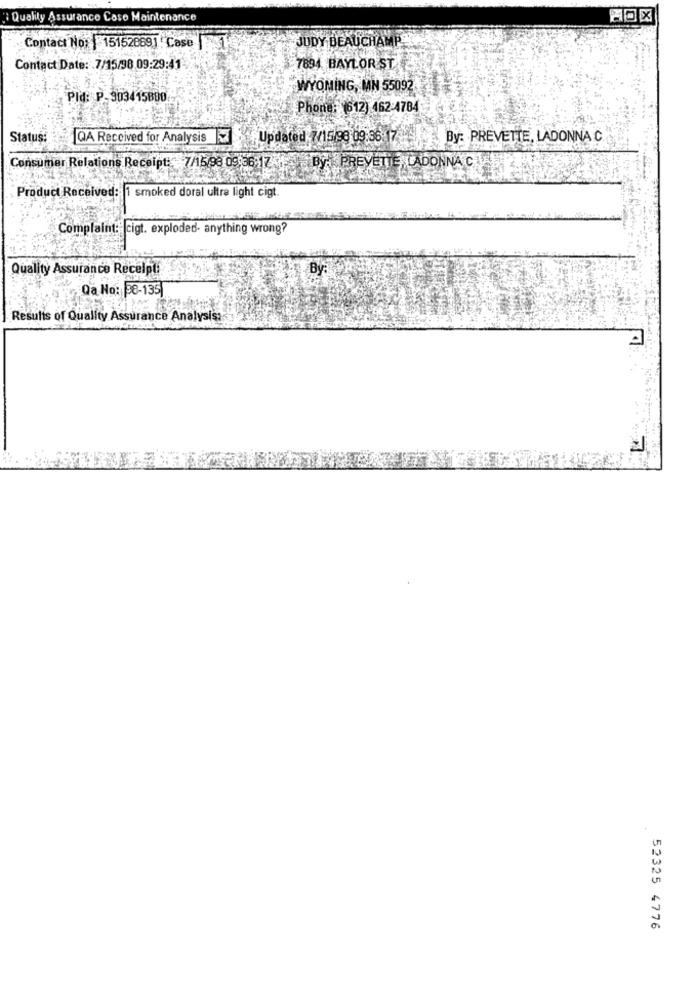
Quality Assurance Caso Maintenance
Contact No: 15152869] Case
JUDY BEAUCHAMP
Contact Date: 7/15/98 09:29:41-
7894 BAYLOR ST
WYOMING, MN 55092
Pld: P. 903415880
Phone: (612) 462:4784
Status:
QA Received for Analysis
Updated 7/15/98 09:36:17
By: PREVETTE, LADONNA C
Consumer Relations Receipt: 7/15/98 09:36-17
By: PREVETTE, LADONNA C.
Product Received: 1 smoked doral ultra light cigt
Complaint: cigt. exploded- anything wrong?
Quality Assurance Receipt!
By:
Qa No: 38-135
Results of Quality Assurance Analysis:
52325 4776